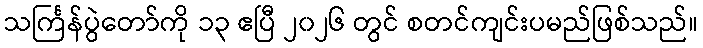
သင်္ကြန်ပွဲတော်ကို ၁၃ ဧပြီ ၂၀၂၆ တွင် စတင်ကျင်းပမည်ဖြစ်သည်။